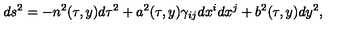
d s ^ { 2 } = - n ^ { 2 } ( \tau , y ) d \tau ^ { 2 } + a ^ { 2 } ( \tau , y ) \gamma _ { i j } d x ^ { i } d x ^ { j } + b ^ { 2 } ( \tau , y ) d y ^ { 2 } ,